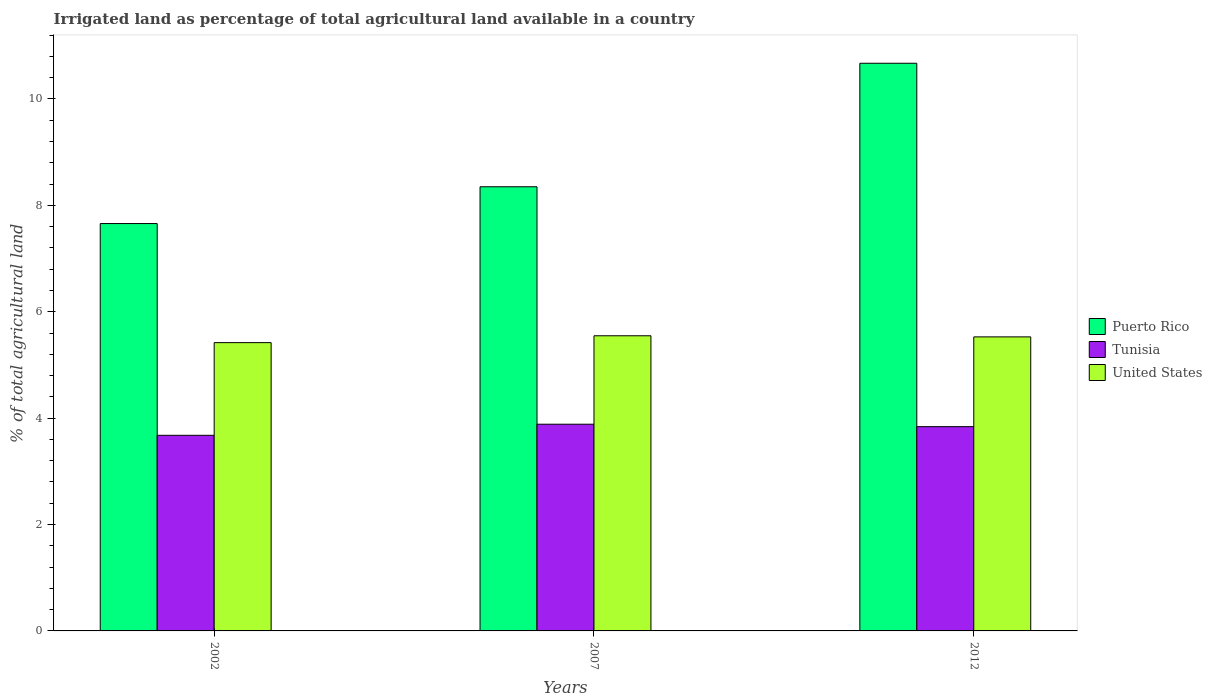
| Years | Puerto Rico | Tunisia | United States |
 | --- | --- | --- | --- |
 | 2002 | 7.66 | 3.68 | 5.42 |
 | 2007 | 8.35 | 3.89 | 5.55 |
 | 2012 | 10.7 | 3.84 | 5.53 |